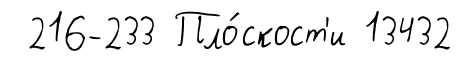
216-233 Пло́скост'и 13432